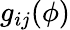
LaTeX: g_{ij}(\phi)